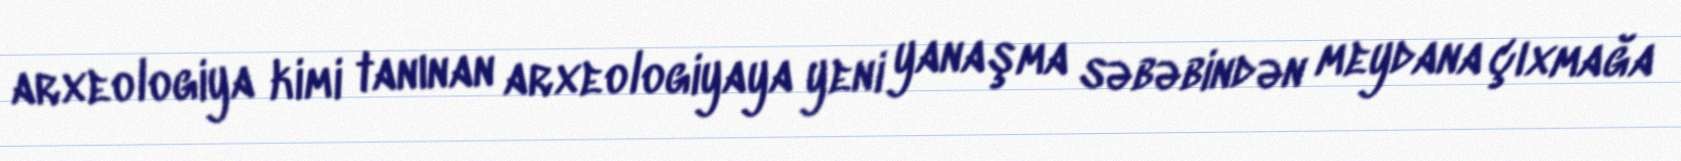
arxeologiya kimi tanınan arxeologiyaya yeni yanaşma səbəbindən meydana çıxmağa